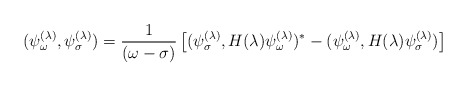
\begin{align*}(\psi^{(\lambda)}_\omega,\psi^{(\lambda)}_\sigma)={1 \over (\omega-\sigma)}\left[(\psi^{(\lambda)}_\sigma,H(\lambda)\psi^{(\lambda)}_\omega)^{*}-(\psi^{(\lambda)}_\omega,H(\lambda)\psi^{(\lambda)}_\sigma)\right]~~~\end{align*}